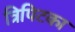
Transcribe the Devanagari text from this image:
त्रिपिटका